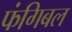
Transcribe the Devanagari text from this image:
फंगिबल